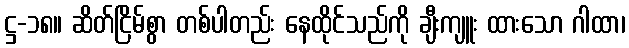
ဋ္ဌ-၁၈။ ဆိတ်ငြိမ်စွာ တစ်ပါတည်း နေထိုင်သည်ကို ချီးကျူး ထားသော ဂါထာ၊